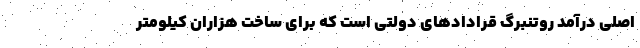
اصلی درآمد روتنبرگ قرادادهای دولتی است که برای ساخت هزاران کیلومتر